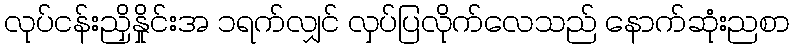
လုပ်ငန်းညှိနှိုင်းအ ၁ရက်လျှင် လှပ်ပြလိုက်လေသည် နောက်ဆုံးညစာ